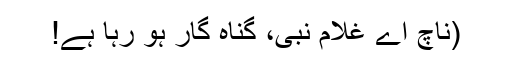
(ناچ اے غلام نبی، گناہ گار ہو رہا ہے!